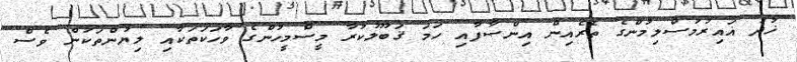
ޚުދު ޣައިރުމުސްލިމުންގެ ތެރެއިން އިންޞާފާއި ހަމަ ޤަބޫލުކުރާ މީސްމީހުންގެ ވާހަކަތަކާއި ލިޔުންތަކުން ވެސް